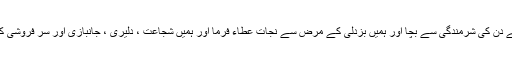
یا اللہ ہمیں قیامت کے دن کی شرمندگی سے بچا اور ہمیں بزدلی کے مرض سے نجات عطاء فرما اور ہمیں شجاعت ، دلیری ، جانبازی اور سر فروشی کی نعمت عطاء فرما۔